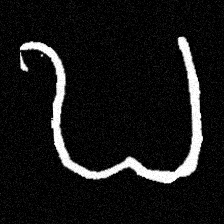
Pyu character \u2014 Myanmar letter: ဎ (romanized: ddha)